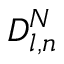
D _ { l , n } ^ { N }